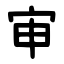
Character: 审